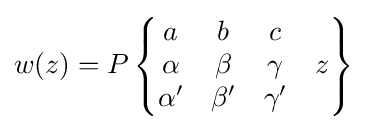
w(z)=P\left\{{\begin{matrix}a&b&c&\;\\\alpha &\beta &\gamma &z\\\alpha '&\beta '&\gamma '&\;\end{matrix}}\right\}